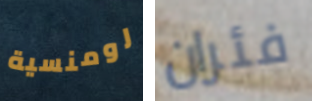
رومنسية فئران